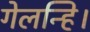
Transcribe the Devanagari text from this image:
गेलन्हि।